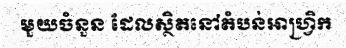
មួយចំនួន ដែលស្ថិតនៅតំបន់អាហ្វ្រិក